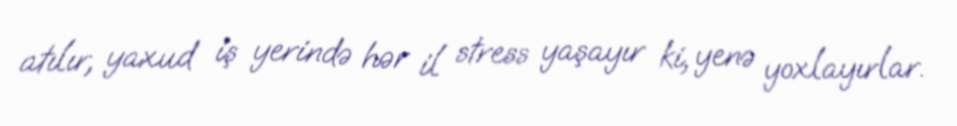
atılır, yaxud iş yerində hər il stress yaşayır ki, yenə yoxlayırlar.